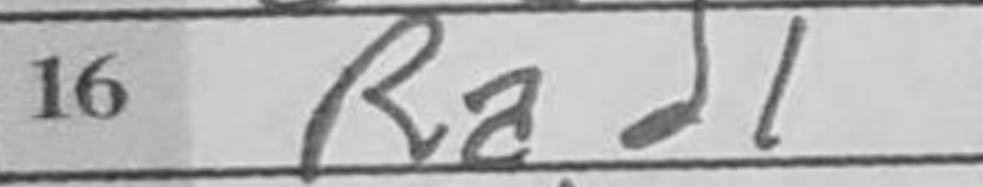
Transcription: Rad1